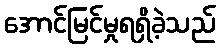
အောင်မြင်မှုရရှိခဲ့သည်